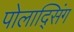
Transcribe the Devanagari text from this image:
पोलाद्सिंग